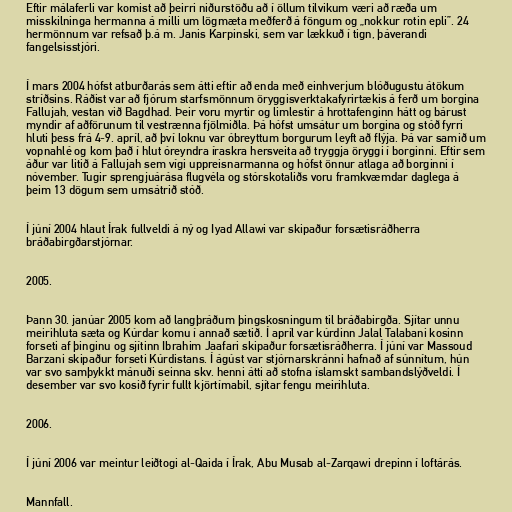
Eftir málaferli var komist að þeirri niðurstöðu að í öllum tilvikum væri að ræða um
misskilninga hermanna á milli um lögmæta meðferð á föngum og „nokkur rotin epli”. 24
hermönnum var refsað þ.á m. Janis Karpinski, sem var lækkuð í tign, þáverandi
fangelsisstjóri.

Í mars 2004 hófst atburðarás sem átti eftir að enda með einhverjum blóðugustu átökum
stríðsins. Ráðist var að fjórum starfsmönnum öryggisverktakafyrirtækis á ferð um borgina
Fallujah, vestan við Bagdhad. Þeir voru myrtir og limlestir á hrottafenginn hátt og bárust
myndir af aðförunum til vestrænna fjölmiðla. Þá hófst umsátur um borgina og stóð fyrri
hluti þess frá 4-9. apríl, að því loknu var óbreyttum borgurum leyft að flýja. Þá var samið um
vopnahlé og kom það í hlut óreyndra íraskra hersveita að tryggja öryggi í borginni. Eftir sem
áður var litið á Fallujah sem vígi uppreisnarmanna og hófst önnur atlaga að borginni í
nóvember. Tugir sprengjuárása flugvéla og stórskotaliðs voru framkvæmdar daglega á
þeim 13 dögum sem umsátrið stóð.

Í júní 2004 hlaut Írak fullveldi á ný og Iyad Allawi var skipaður forsætisráðherra
bráðabirgðarstjórnar.

2005.

Þann 30. janúar 2005 kom að langþráðum þingskosningum til bráðabirgða. Sjítar unnu
meirihluta sæta og Kúrdar komu í annað sætið. Í apríl var kúrdinn Jalal Talabani kosinn
forseti af þinginu og sjítinn Ibrahim Jaafari skipaður forsætisráðherra. Í júní var Massoud
Barzani skipaður forseti Kúrdistans. Í ágúst var stjórnarskránni hafnað af súnnítum, hún
var svo samþykkt mánuði seinna skv. henni átti að stofna íslamskt sambandslýðveldi. Í
desember var svo kosið fyrir fullt kjörtímabil, sjítar fengu meirihluta.

2006.

Í júní 2006 var meintur leiðtogi al-Qaida í Írak, Abu Musab al-Zarqawi drepinn í loftárás.

Mannfall.